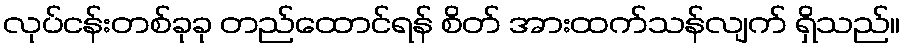
လုပ်ငန်းတစ်ခုခု တည်ထောင်ရန် စိတ် အားထက်သန်လျက် ရှိသည်။